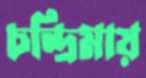
চন্দ্রিমায়